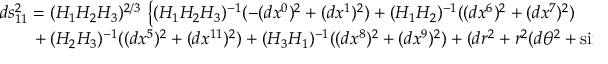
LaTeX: \begin{array} { l } { { d s _ { 1 1 } ^ { 2 } = ( H _ { 1 } H _ { 2 } H _ { 3 } ) ^ { 2 / 3 } \, \left\{ ( H _ { 1 } H _ { 2 } H _ { 3 } ) ^ { - 1 } ( - ( d x ^ { 0 } ) ^ { 2 } + ( d x ^ { 1 } ) ^ { 2 } ) + ( H _ { 1 } H _ { 2 } ) ^ { - 1 } ( ( d x ^ { 6 } ) ^ { 2 } + ( d x ^ { 7 } ) ^ { 2 } ) \right. } } \\ { { \left. ~ ~ ~ ~ ~ + ( H _ { 2 } H _ { 3 } ) ^ { - 1 } ( ( d x ^ { 5 } ) ^ { 2 } + ( d x ^ { 1 1 } ) ^ { 2 } ) + ( H _ { 3 } H _ { 1 } ) ^ { - 1 } ( ( d x ^ { 8 } ) ^ { 2 } + ( d x ^ { 9 } ) ^ { 2 } ) + ( d r ^ { 2 } + r ^ { 2 } ( d \theta ^ { 2 } + \sin ^ { 2 } \theta d \phi ^ { 2 } ) ) \right\} , } } \end{array}